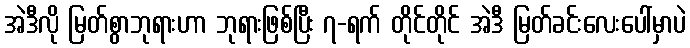
အဲဒီလို မြတ်စွာဘုရားဟာ ဘုရားဖြစ်ပြီး ၇-ရက် တိုင်တိုင် အဲဒီ မြတ်ခင်းလေးပေါ်မှာပဲ